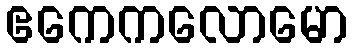
ဧကေကလောမော